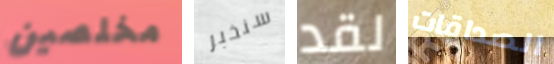
مخلصين سنخبر لقد الصداقات